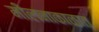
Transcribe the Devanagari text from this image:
मीलनाकाळात